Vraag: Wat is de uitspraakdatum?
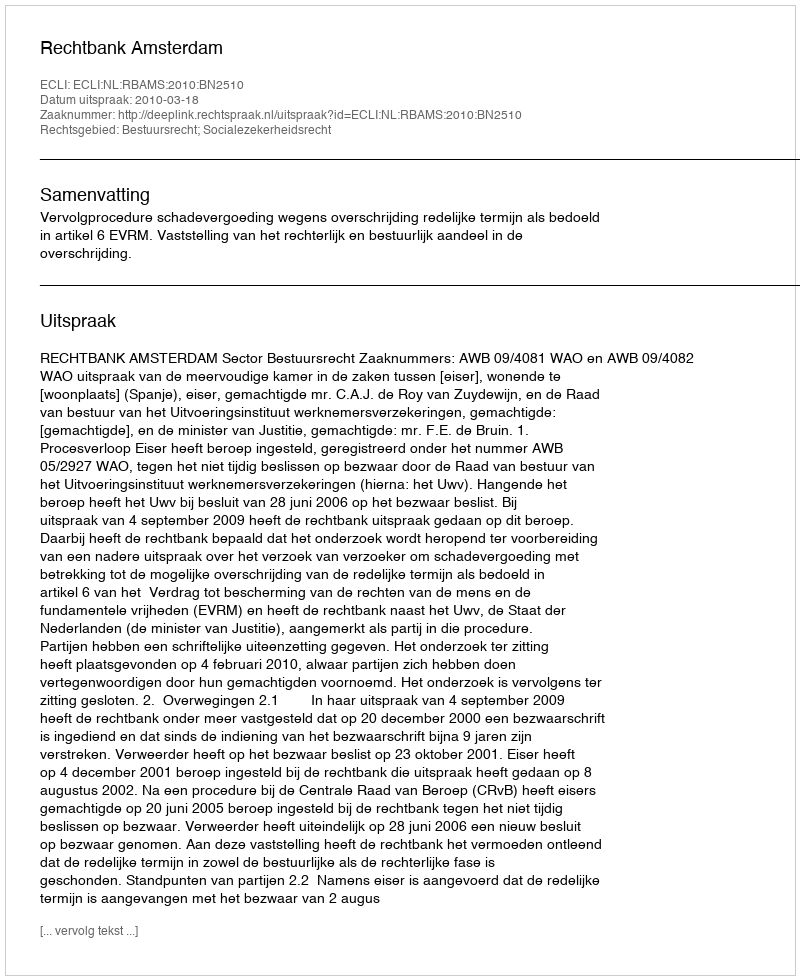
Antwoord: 2010-03-18